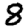
Digit: 8